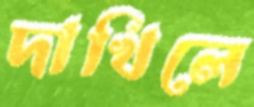
দাখিলে